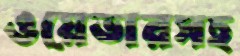
ওয়েভারসহ